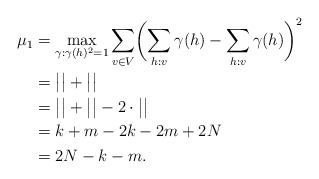
LaTeX: \begin{align*}\mu_1&=\max_{\gamma:\gamma(h)^2=1}\sum_{v\in V} \biggl(\sum_{h: v}\gamma(h)-\sum_{h: v}\gamma(h)\biggr)^2\\&=\big|\big|+\big|\big|\\&=\big|\big|+\big|\big|-2\cdot\big|\big|\\&=k+m-2k-2m+2N\\&=2N-k-m.\end{align*}